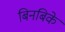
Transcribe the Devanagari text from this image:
बिनबिके